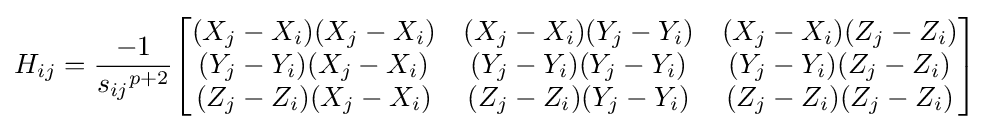
H_{ij}={-1 \over {s_{ij}}^{p+2}}{\begin{bmatrix}{(X_{j}-X_{i})(X_{j}-X_{i})}&{(X_{j}-X_{i})(Y_{j}-Y_{i})}&{(X_{j}-X_{i})(Z_{j}-Z_{i})}\\{(Y_{j}-Y_{i})(X_{j}-X_{i})}&{(Y_{j}-Y_{i})(Y_{j}-Y_{i})}&{(Y_{j}-Y_{i})(Z_{j}-Z_{i})}\\{(Z_{j}-Z_{i})(X_{j}-X_{i})}&{(Z_{j}-Z_{i})(Y_{j}-Y_{i})}&{(Z_{j}-Z_{i})(Z_{j}-Z_{i})}\end{bmatrix}}